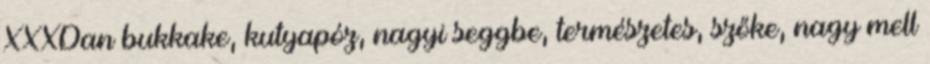
XXXDan bukkake, kutyapóz, nagyi seggbe, természetes, szőke, nagy mell